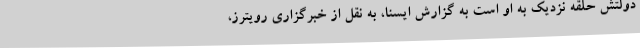
دولتش حلقه نزدیک به او است به گزارش ایسنا، به نقل از خبرگزاری رویترز،